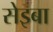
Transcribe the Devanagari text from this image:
सेइबा